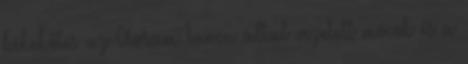
békekötés az Avram Iancu által vezetett mócok és a